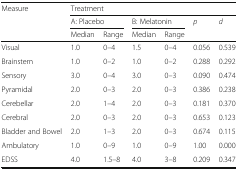
<table><thead><tr><td rowspan="3"><b>Measure</b></td><td colspan="6"><b>Treatment</b></td></tr><tr><td colspan="2"><b>A: Placebo</b></td><td colspan="2"><b>B: Melatonin</b></td><td rowspan="2"><b><i>p</i></b></td><td rowspan="2"><b><i>d</i></b></td></tr><tr><td><b>Median</b></td><td><b>Range</b></td><td><b>Median</b></td><td><b>Range</b></td></tr></thead><tbody><tr><td>Visual</td><td>1.0</td><td>0–4</td><td>1.5</td><td>0–4</td><td>0.056</td><td>0.539</td></tr><tr><td>Brainstem</td><td>1.0</td><td>0–2</td><td>1.0</td><td>0–2</td><td>0.288</td><td>0.292</td></tr><tr><td>Sensory</td><td>3.0</td><td>0–4</td><td>3.0</td><td>0–3</td><td>0.090</td><td>0.474</td></tr><tr><td>Pyramidal</td><td>2.0</td><td>0–3</td><td>2.0</td><td>0–3</td><td>0.386</td><td>0.238</td></tr><tr><td>Cerebellar</td><td>2.0</td><td>1–4</td><td>2.0</td><td>0–3</td><td>0.181</td><td>0.370</td></tr><tr><td>Cerebral</td><td>2.0</td><td>0–3</td><td>2.0</td><td>0–3</td><td>0.653</td><td>0.123</td></tr><tr><td>Bladder and Bowel</td><td>2.0</td><td>1–3</td><td>2.0</td><td>0–3</td><td>0.674</td><td>0.115</td></tr><tr><td>Ambulatory</td><td>1.0</td><td>0–9</td><td>1.0</td><td>0–9</td><td>1.00</td><td>0.000</td></tr><tr><td>EDSS</td><td>4.0</td><td>1.5–8</td><td>4.0</td><td>3–8</td><td>0.209</td><td>0.347</td></tr></tbody></table>